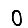
Digit: 0